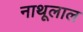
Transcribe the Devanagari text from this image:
नाथूलाल